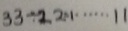
3 3 \div 2 2 = 1 \cdots 1 1